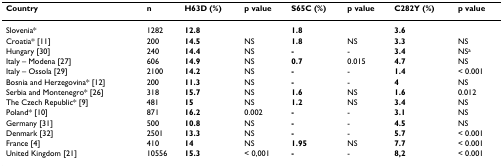
<table><thead><tr><td><b>Country</b></td><td><b>n</b></td><td><b>H63D (%)</b></td><td><b>p value</b></td><td><b>S65C (%)</b></td><td><b>p value</b></td><td><b>C282Y (%)</b></td><td><b>p value</b></td></tr></thead><tbody><tr><td>Slovenia*</td><td>1282</td><td><b>12.8</b></td><td></td><td><b>1.8</b></td><td></td><td><b>3.6</b></td><td></td></tr><tr><td>Croatia* [11]</td><td>200</td><td><b>14.5</b></td><td>NS</td><td><b>1.8</b></td><td>NS</td><td><b>3.3</b></td><td>NS</td></tr><tr><td>Hungary [30]</td><td>240</td><td><b>14.4</b></td><td>NS</td><td><b>-</b></td><td>-</td><td><b>3.4</b></td><td>NS<sup>a</sup></td></tr><tr><td>Italy – Modena [27]</td><td>606</td><td><b>14.9</b></td><td>NS</td><td><b>0.7</b></td><td>0.015</td><td><b>4.7</b></td><td>NS</td></tr><tr><td>Italy – Ossola [29]</td><td>2100</td><td><b>14.2</b></td><td>NS</td><td><b>-</b></td><td>-</td><td><b>1.4</b></td><td>&lt; 0.001</td></tr><tr><td>Bosnia and Herzegovina* [12]</td><td>200</td><td><b>11.3</b></td><td>NS</td><td><b>-</b></td><td>-</td><td><b>4</b></td><td>NS</td></tr><tr><td>Serbia and Montenegro* [26]</td><td>318</td><td><b>15.7</b></td><td>NS</td><td><b>1.6</b></td><td>NS</td><td><b>1.6</b></td><td>0.012</td></tr><tr><td>The Czech Republic* [9]</td><td>481</td><td><b>15</b></td><td>NS</td><td><b>1.2</b></td><td>NS</td><td><b>3.4</b></td><td>NS</td></tr><tr><td>Poland* [10]</td><td>871</td><td><b>16.2</b></td><td>0.002</td><td><b>-</b></td><td>-</td><td><b>3.1</b></td><td>NS</td></tr><tr><td>Germany [31]</td><td>500</td><td><b>10.8</b></td><td>NS</td><td><b>-</b></td><td>-</td><td><b>4.5</b></td><td>NS</td></tr><tr><td>Denmark [32]</td><td>2501</td><td><b>13.3</b></td><td>NS</td><td><b>-</b></td><td>-</td><td><b>5.7</b></td><td>&lt; 0.001</td></tr><tr><td>France [4]</td><td>410</td><td><b>14</b></td><td>NS</td><td><b>1.95</b></td><td>NS</td><td><b>7.7</b></td><td>&lt; 0.001</td></tr><tr><td>United Kingdom [21]</td><td>10556</td><td><b>15.3</b></td><td>&lt; 0,001</td><td><b>-</b></td><td>-</td><td><b>8,2</b></td><td>&lt; 0.001</td></tr></tbody></table>